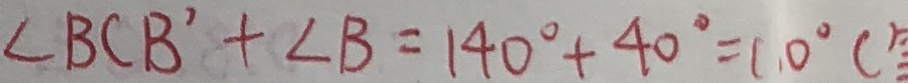
\angle B C B ^ { \prime } + \angle B = 1 4 0 ^ { \circ } + 4 0 ^ { \circ } = 1 0 ^ { \circ } (